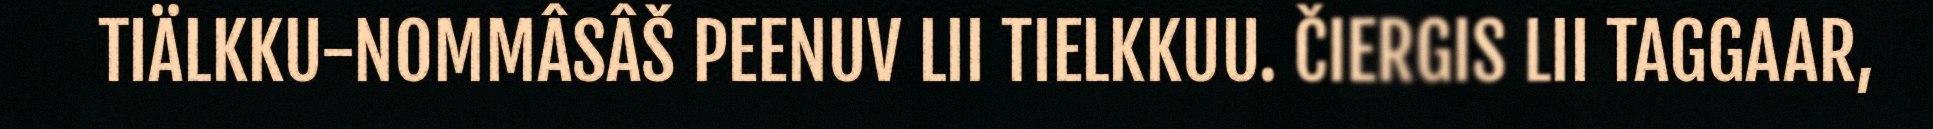
TIÄLKKU-NOMMÂSÂŠ PEENUV LII TIELKKUU. ČIERGIS LII TAGGAAR,